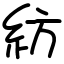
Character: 紡